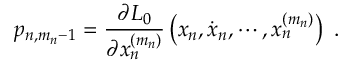
p _ { n , m _ { n } - 1 } = \frac { \partial L _ { 0 } } { \partial x _ { n } ^ { ( m _ { n } ) } } \left( x _ { n } , \dot { x } _ { n } , \cdots , x _ { n } ^ { ( m _ { n } ) } \right) \ .